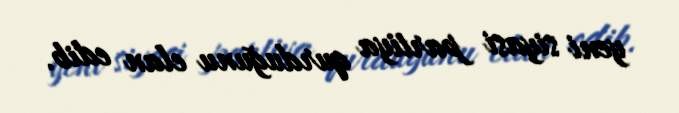
yeni siyasi partiya qurduğunu elan edib.